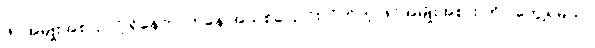
ဖိုင်အမျိုးအစား လို့ ရှိနေတာကနေ အသစ်ပြောင်းလိုက်တဲ့ ဖိုင်အမျိုးအစား ကိုပါတွေ့ရမယ်။